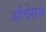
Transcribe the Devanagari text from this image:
ऑचेसन